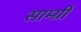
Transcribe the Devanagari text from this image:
साम्ग्री